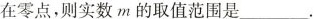
在零点，则实数m的取值范围是___.